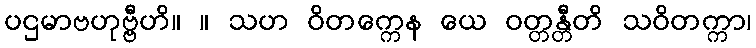
ပဌမာဗဟုဗ္ဗီဟိ။ ။ သဟ ဝိတက္ကေန ယေ ဝတ္တန္တီတိ သဝိတက္ကာ၊